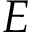
E